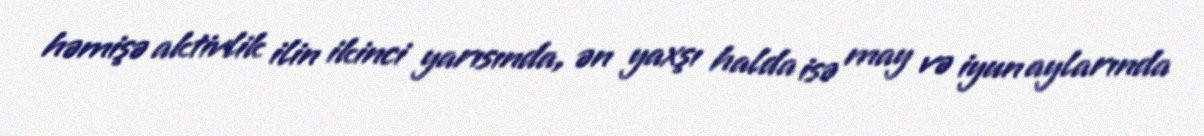
həmişə aktivlik ilin ikinci yarısında, ən yaxşı halda isə may və iyun aylarında